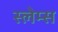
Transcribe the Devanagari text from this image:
स्लेम्स